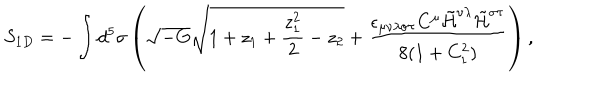
LaTeX: S _ { 1 D } = - \int d ^ { 5 } \sigma \left( \sqrt { - G } \sqrt { 1 + z _ { 1 } + \frac { z _ { 1 } ^ { 2 } } { 2 } - z _ { 2 } } + \frac { \epsilon _ { \mu \nu \lambda \sigma \tau } C ^ { \mu } \tilde { \cal H } ^ { \nu \lambda } \tilde { \cal H } ^ { \sigma \tau } } { 8 ( 1 + C _ { 1 } ^ { 2 } ) } \right) ,